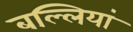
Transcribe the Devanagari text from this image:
बल्लियां